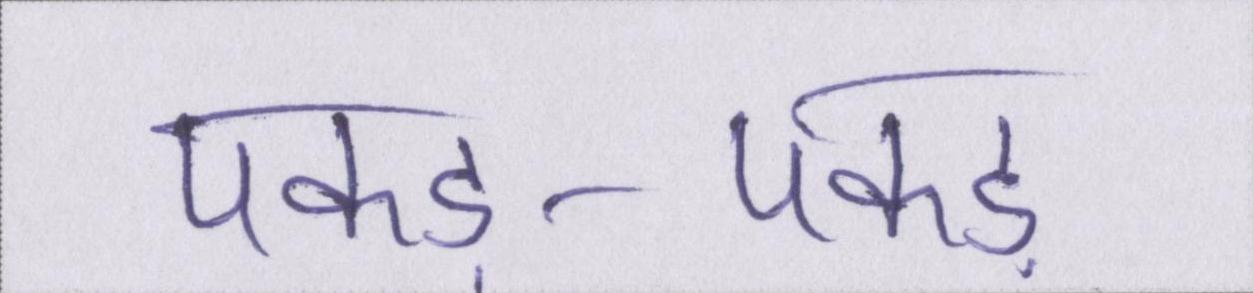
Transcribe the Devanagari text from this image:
पकड़-पकड़